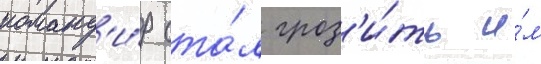
команд'и́р ста́л гроз'и́ть и́м